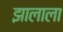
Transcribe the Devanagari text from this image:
झालाला